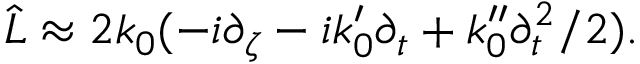
\hat { L } \approx 2 k _ { 0 } ( - i \partial _ { \zeta } - i k _ { 0 } ^ { \prime } \partial _ { t } + k _ { 0 } ^ { \prime \prime } \partial _ { t } ^ { 2 } / 2 ) .